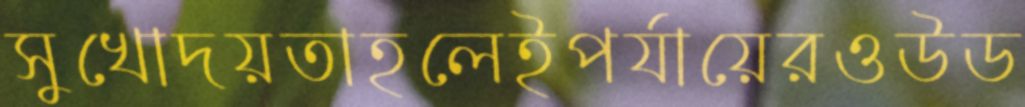
সুখোদয়তাহলেইপর্যায়েরওউড